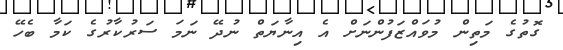
ގޮތުގެ މަތިން މުވައްޒަފުންނަށް އެ އިނާޔަތް ނުދޭ ނަމަ ސަރުކާރުގެ ކަމާ ބެހޭ